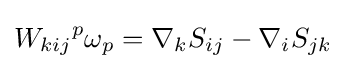
{W_{kij}}^{p}\omega _{p}=\nabla _{k}S_{ij}-\nabla _{i}S_{jk}